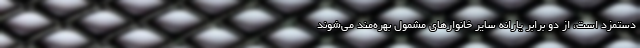
دستمزد است، از دو برابر یارانه سایر خانوارهای مشمول بهره‌مند می‌شوند